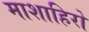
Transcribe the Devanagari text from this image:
माशाहिरो